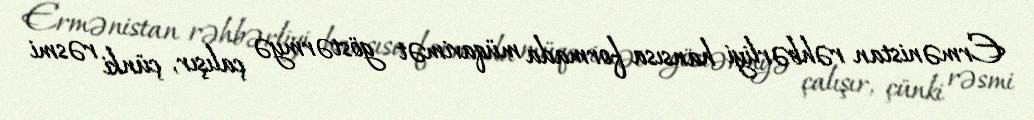
Ermənistan rəhbərliyi hansısa formada müqavimət göstərmyə çalışır, çünki rəsmi